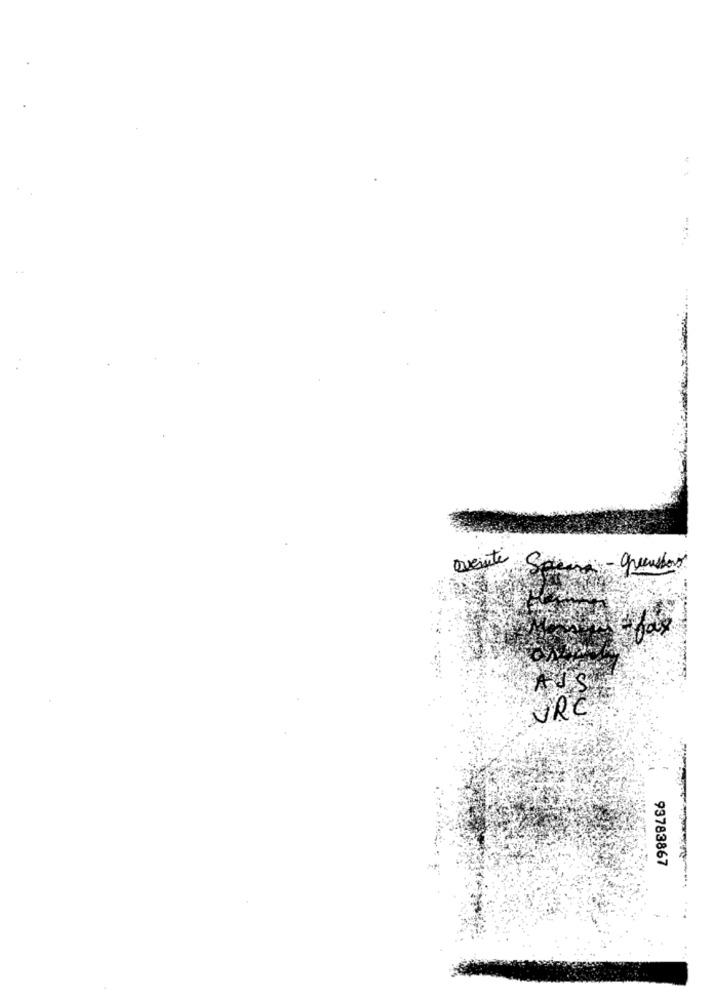
avenute
93783867
...